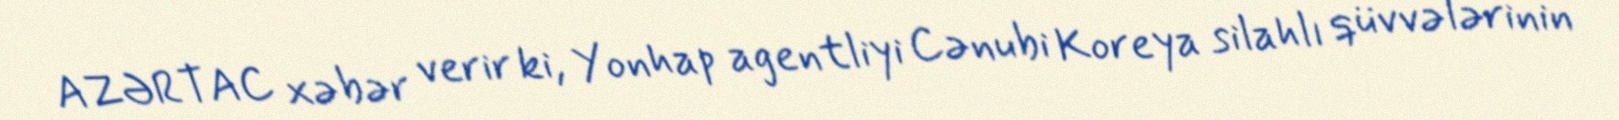
AZƏRTAC xəbər verir ki, Yonhap agentliyi Cənubi Koreya silahlı qüvvələrinin